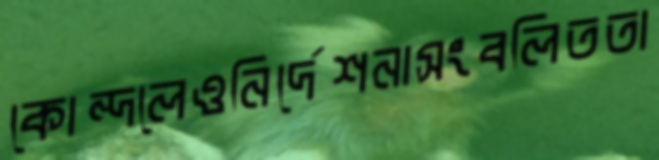
কোন্দলেওনির্দেশনাসংবলিততা